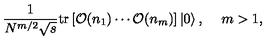
\frac { 1 } { N ^ { m / 2 } \sqrt { s } } \mathrm { t r } \left[ { \cal O } ( n _ { 1 } ) \cdots { \cal O } ( n _ { m } ) \right] \left| 0 \right\rangle , \: \: \: \: \ m > 1 ,